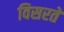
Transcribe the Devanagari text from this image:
विसरते